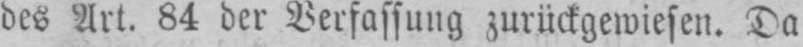
des Art. 84 der Verfassung zurückgewiesen. Da